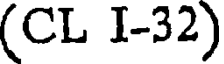
(CL I-32)